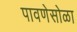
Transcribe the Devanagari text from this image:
पावणेसोळा